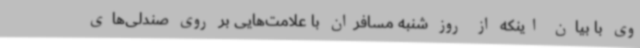
وی با بیان اینکه از روز شنبه مسافران با علامت‌هایی بر روی صندلی‌های